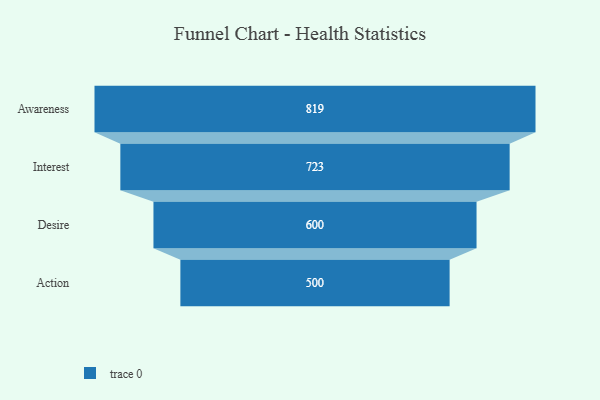
{"axis": {"x": "Stage", "y": "Value"}, "legend": [""], "data": [{"x": "Awareness", "y": 819.0, "type": ""}, {"x": "Interest", "y": 723.0, "type": ""}, {"x": "Desire", "y": 600.0, "type": ""}, {"x": "Action", "y": 500, "type": ""}]}